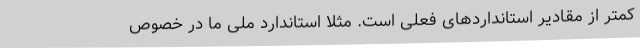
کمتر از مقادیر استانداردهای فعلی است. مثلا استاندارد ملی ما در خصوص